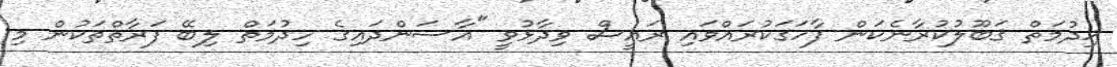
ޚިދުމަތް ޤަބޫލުކުރާނެކަން ފާހަގަކުރައްވައި ރައީސް ވިދާޅުވީ "އާސަންދައިގެ ހިދުމަތް ލިބޭ ފަރާތްތަކުން މި